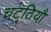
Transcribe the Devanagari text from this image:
चट्ठियौ